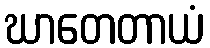
ဃာတေတာယံ